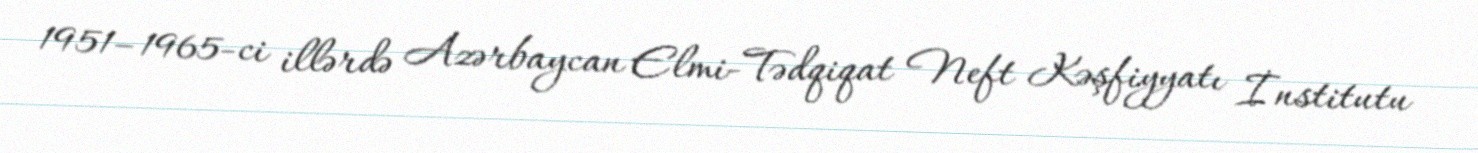
1951–1965-ci illərdə Azərbaycan Elmi-Tədqiqat Neft Kəşfiyyatı İnstitutu